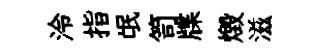
泠指氓笥牒燬滋